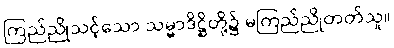
ကြည်ညိုသင့်သော သမ္မာဒိဋ္ဌိတို့၌ မကြည်ညိုတတ်သူ။